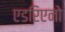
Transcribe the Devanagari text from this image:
एडरिएनो